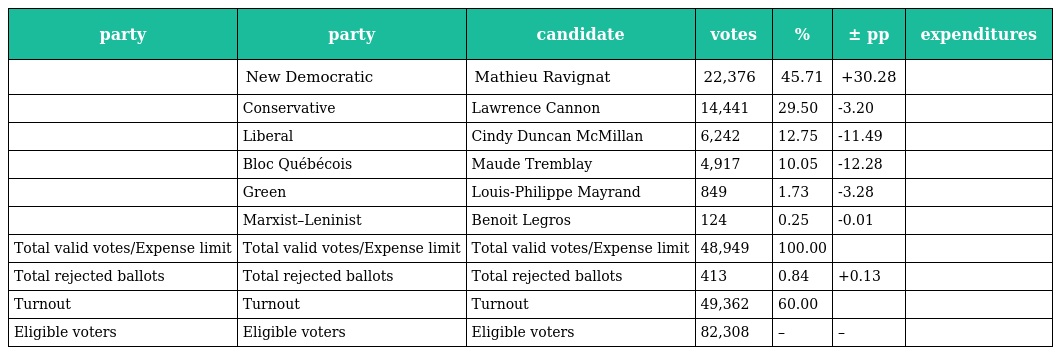
| party | party | candidate | votes | % | ± pp | expenditures |
 | --- | --- | --- | --- | --- | --- | --- |
 |  | New Democratic | Mathieu Ravignat | 22,376 | 45.71 | +30.28 |  |
 |  | Conservative | Lawrence Cannon | 14,441 | 29.50 | -3.20 |  |
 |  | Liberal | Cindy Duncan McMillan | 6,242 | 12.75 | -11.49 |  |
 |  | Bloc Québécois | Maude Tremblay | 4,917 | 10.05 | -12.28 |  |
 |  | Green | Louis-Philippe Mayrand | 849 | 1.73 | -3.28 |  |
 |  | Marxist–Leninist | Benoit Legros | 124 | 0.25 | -0.01 |  |
 | Total valid votes/Expense limit | Total valid votes/Expense limit | Total valid votes/Expense limit | 48,949 | 100.00 |  |  |
 | Total rejected ballots | Total rejected ballots | Total rejected ballots | 413 | 0.84 | +0.13 |  |
 | Turnout | Turnout | Turnout | 49,362 | 60.00 |  |  |
 | Eligible voters | Eligible voters | Eligible voters | 82,308 | – | – |  |